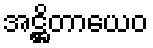
အဋ္ဌိတာယေဝ